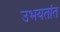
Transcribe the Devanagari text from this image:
उभयतांत